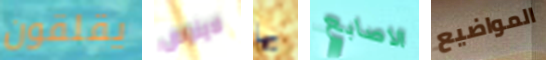
يقلقون لاينوس بها الاصابع المواضيع